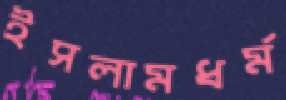
ইসলামধর্ম